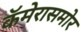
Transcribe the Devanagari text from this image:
कॅमेरासमोर